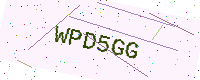
Text: WPD5GG